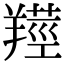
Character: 𦎺